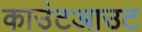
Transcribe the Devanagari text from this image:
काउंटआउट